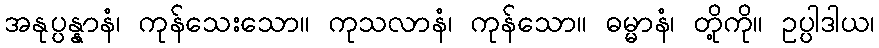
အနုပ္ပန္နာနံ၊ ကုန်သေးသော။ ကုသလာနံ၊ ကုန်သော။ ဓမ္မာနံ၊ တို့ကို။ ဥပ္ပါဒါယ၊